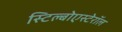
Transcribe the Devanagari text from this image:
स्टिल्बोएस्टेरॉल